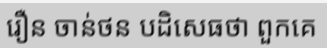
រឿន ចាន់ថន បដិសេធថា ពួកគេ